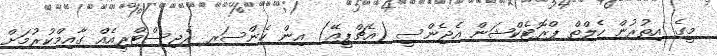
މީގެ އިތުރުން ހެލްތް ޕްރޮޓެކްޝަން އެޖެންސީ (އެޗްޕީއޭ) އިން ކެންސަރ ރެޖިސްޓްރީއެއް ގާއިމްކުރުމަށް